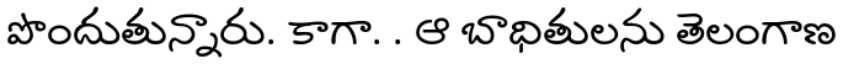
పొందుతున్నారు. కాగా. . ఆ బాధితులను తెలంగాణ